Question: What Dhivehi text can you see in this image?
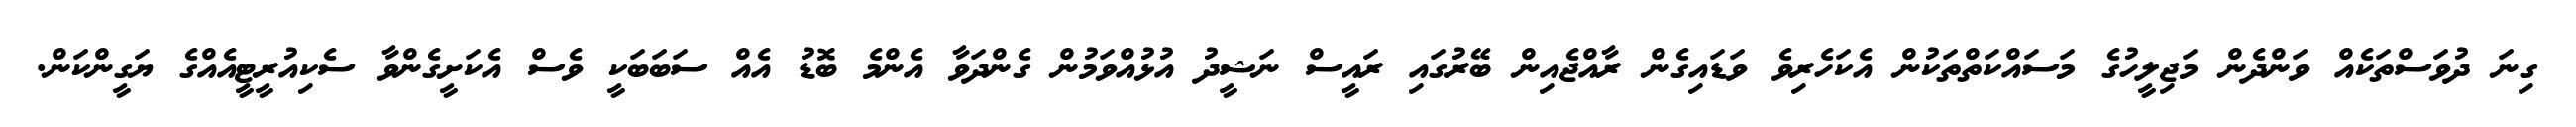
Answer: ގިނަ ދުވަސްތަކެއް ވަންދެން މަޖިލީހުގެ މަސައްކަތްތަކުން އެކަހެރިވެ ވަޑައިގެން ރާއްޖެއިން ބޭރުގައި ރައީސް ނަޝީދު އުޅުއްވަމުން ގެންދަވާ އެންމެ ބޮޑު އެއް ސަބަބަކީ ވެސް އެކަށީގެންވާ ސެކިއުރީޓީއެއްގެ ޔަގީންކަން.